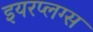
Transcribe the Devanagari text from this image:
इयरप्लग्स